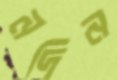
নদিন